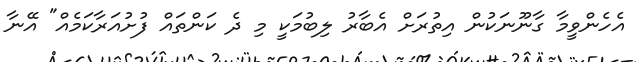
އެހެންވީމާ ގާނޫނަކުން އިތުރަށް އެބާރު ލިބުމަކީ މި ދެ ކަންތައް ފުށުއަރާކަމެއް" އޭނާ